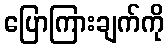
ပြောကြားချက်ကို